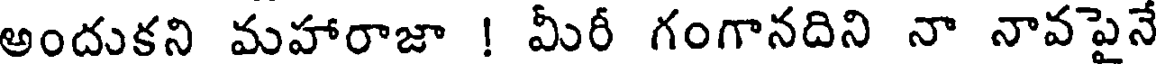
అందుకని మహారాజా ! మీరీ గంగానదిని నా నావపైనే